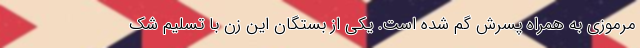
مرموزی به همراه پسرش گم شده است. یکی از بستگان این زن با تسلیم شک